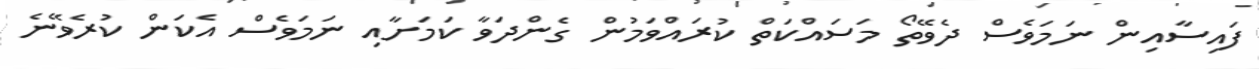
ފައިސާއިން ނަމަވެސް ދެވޭތޯ މަސައްކަތް ކުރައްވަމުން ގެންދަވާ ކަމަށާއި ނަމަވެސް އެކަން ކުރެވޭނެ